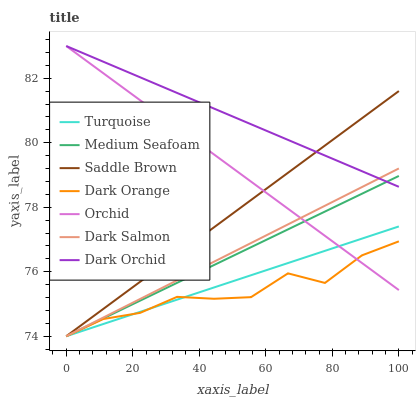
| xaxis_label | Turquoise | Medium Seafoam | Saddle Brown | Dark Orange | Orchid | Dark Salmon | Dark Orchid |
 | --- | --- | --- | --- | --- | --- | --- | --- |
 | 0 | 74 | 74 | 74 | 74 | 83 | 74 | 83 |
 | 11.1 | 74.4 | 74.6 | 74.8 | 74.5 | 82.2 | 74.6 | 82.5 |
 | 22.2 | 74.8 | 75.1 | 75.7 | 74.7 | 81.3 | 75.2 | 82 |
 | 33.3 | 75.1 | 75.7 | 76.5 | 75.2 | 80.5 | 75.7 | 81.5 |
 | 44.4 | 75.5 | 76.2 | 77.4 | 75.2 | 79.6 | 76.3 | 81.1 |
 | 55.6 | 75.9 | 76.8 | 78.2 | 75.2 | 78.8 | 76.9 | 80.6 |
 | 66.7 | 76.3 | 77.3 | 79.1 | 76 | 78 | 77.5 | 80.1 |
 | 77.8 | 76.6 | 77.9 | 79.9 | 75.7 | 77.1 | 78 | 79.6 |
 | 88.9 | 77 | 78.4 | 80.8 | 76.5 | 76.3 | 78.6 | 79.1 |
 | 100 | 77.4 | 79 | 81.6 | 76.9 | 75.4 | 79.2 | 78.6 |